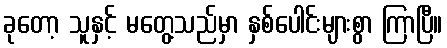
ခုတော့ သူနှင့် မတွေ့သည်မှာ နှစ်ပေါင်းများစွာ ကြာပြီ။